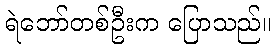
ရဲဘော်တစ်ဦးက ပြောသည်။